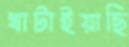
খাটাইয়াছি